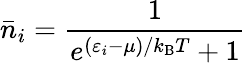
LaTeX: {\bar{n}}_{i}={\frac{1}{e^{(\varepsilon_{i}-\mu)/k_{\mathrm{{B}}}T}+1}}